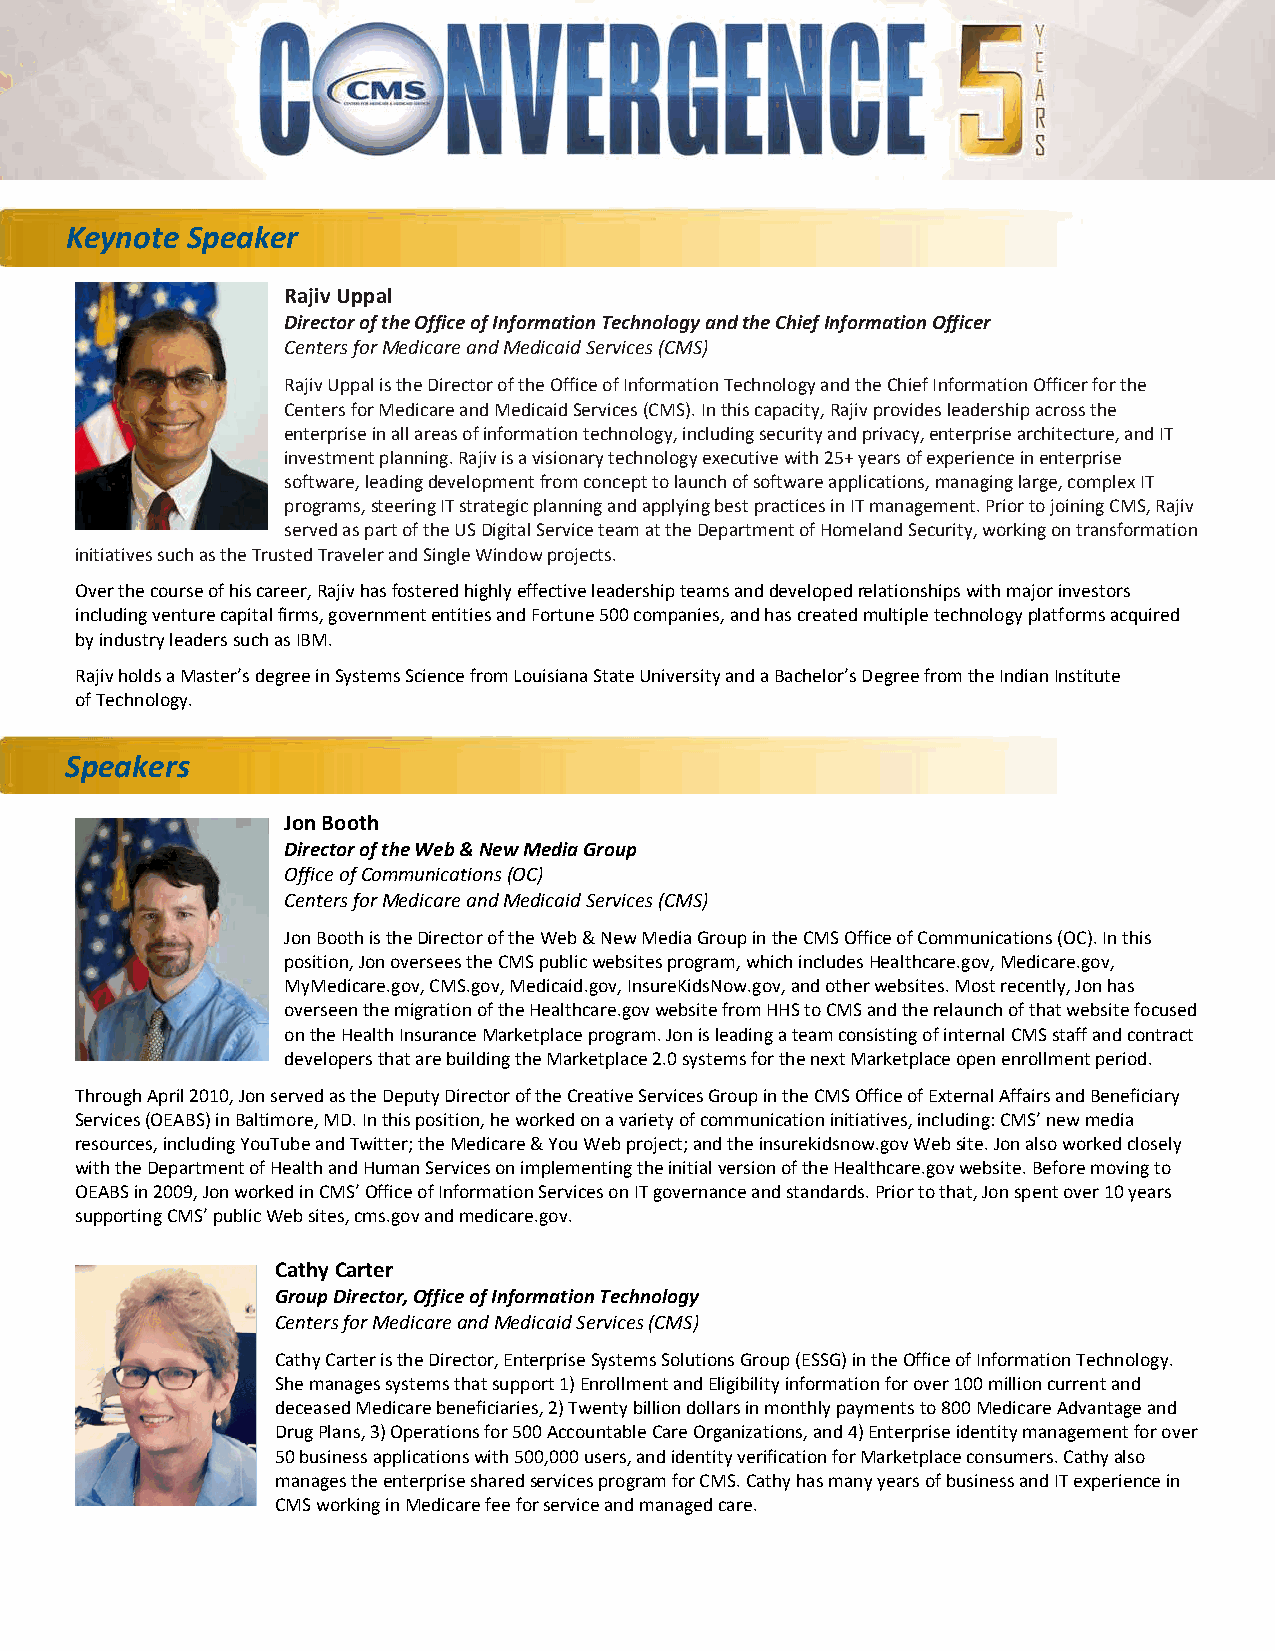
Keynote Speaker
 Rajiv Uppal
 Director of the Office of Information Technology and the Chief Information Officer
 Centers for Medicare and Medicaid Services (CMS)
 Rajiv Uppal is the Director of the Office of Information Technology and the Chief Information Officer for the
 Centers for Medicare and Medicaid Services (CMS). In this capacity, Rajiv provides leadership across the
 enterprise in all areas of information technology, including security and privacy, enterprise architecture, and IT
 investment planning. Rajiv is a visionary technology executive with 25+ years of experience in enterprise
 software, leading development from concept to launch of software applications, managing large, complex IT
 programs, steering IT strategic planning and applying best practices in IT management. Prior to joining CMS, Rajiv
 served as part of the US Digital Service team at the Department of Homeland Security, working on transformation
 initiatives such as the Trusted Traveler and Single Window projects.
 Over the course of his career, Rajiv has fostered highly effective leadership teams and developed relationships with major investors
 including venture capital firms, government entities and Fortune 500 companies, and has created multiple technology platforms acquired
 by industry leaders such as IBM.
 Rajiv holds a Master’s degree in Systems Science from Louisiana State University and a Bachelor’s Degree from the Indian Institute
 of Technology.
 Speakers
 Jon Booth
 Director of the Web & New Media Group
 Office of Communications (OC)
 Centers for Medicare and Medicaid Services (CMS)
 Jon Booth is the Director of the Web & New Media Group in the CMS Office of Communications (OC). In this
 position, Jon oversees the CMS public websites program, which includes Healthcare.gov, Medicare.gov,
 MyMedicare.gov, CMS.gov, Medicaid.gov, InsureKidsNow.gov, and other websites. Most recently, Jon has
 overseen the migration of the Healthcare.gov website from HHS to CMS and the relaunch of that website focused
 on the Health Insurance Marketplace program. Jon is leading a team consisting of internal CMS staff and contract
 developers that are building the Marketplace 2.0 systems for the next Marketplace open enrollment period.
 Through April 2010, Jon served as the Deputy Director of the Creative Services Group in the CMS Office of External Affairs and Beneficiary
 Services (OEABS) in Baltimore, MD. In this position, he worked on a variety of communication initiatives, including: CMS’ new media
 resources, including YouTube and Twitter; the Medicare & You Web project; and the insurekidsnow.gov Web site. Jon also worked closely
 with the Department of Health and Human Services on implementing the initial version of the Healthcare.gov website. Before moving to
 OEABS in 2009, Jon worked in CMS’ Office of Information Services on IT governance and standards. Prior to that, Jon spent over 10 years
 supporting CMS’ public Web sites, cms.gov and medicare.gov.
 Cathy Carter
 Group Director, Office of Information Technology
 Centers for Medicare and Medicaid Services (CMS)
 Cathy Carter is the Director, Enterprise Systems Solutions Group (ESSG) in the Office of Information Technology.
 She manages systems that support 1) Enrollment and Eligibility information for over 100 million current and
 deceased Medicare beneficiaries, 2) Twenty billion dollars in monthly payments to 800 Medicare Advantage and
 Drug Plans, 3) Operations for 500 Accountable Care Organizations, and 4) Enterprise identity management for over
 50 business applications with 500,000 users, and identity verification for Marketplace consumers. Cathy also
 manages the enterprise shared services program for CMS. Cathy has many years of business and IT experience in
 CMS working in Medicare fee for service and managed care.